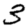
Digit: 3